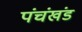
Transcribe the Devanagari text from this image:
पंचंखंड